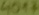
Text: 40A7